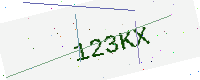
Text: 123KX